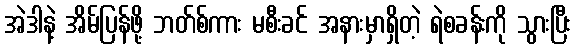
အဲဒါနဲ့ အိမ်ပြန်ဖို့ ဘတ်စ်ကား မစီးခင် အနားမှာရှိတဲ့ ရဲစခန်းကို သွားပြီး